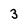
Character: 3